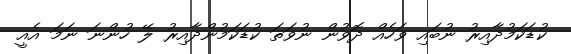
ކުޑަކަމުދާއިރު ނުބައި ވަހެއް ދޮވުން ނުވަތަ ކުޑަކަމުންދާއިރު ލޭ ހުންނަ ނަމަ އެއީ